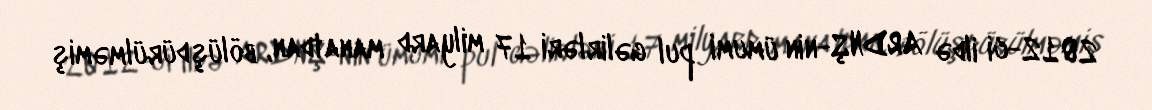
2012-ci ildə ARDNŞ-nin ümumi pul gəlirləri 17 milyard manatdan, bölüşdürülməmiş